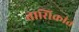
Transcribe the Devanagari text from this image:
तासिकांत